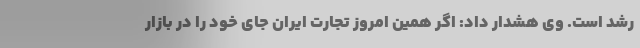
رشد است. وی هشدار داد: اگر همین امروز تجارت ایران جای خود را در بازار